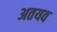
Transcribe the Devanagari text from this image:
अतयव